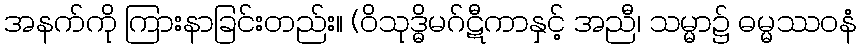
အနက်ကို ကြားနာခြင်းတည်း။ (ဝိသုဒ္ဓိမဂ်ဋီကာနှင့် အညီ၊ သမ္မာ၌ ဓမ္မဿဝနံ